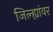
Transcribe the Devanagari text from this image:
जिल्ह्यांवर